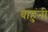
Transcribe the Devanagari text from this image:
बाहुंनी